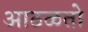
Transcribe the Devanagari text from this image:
आठळतो